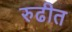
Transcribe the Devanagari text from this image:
रुढीत